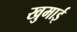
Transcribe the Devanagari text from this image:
खुमाई